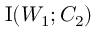
\operatorname { I } ( W _ { 1 } ; C _ { 2 } )